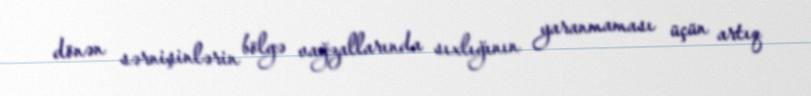
dönən sərnişinlərin bölgə vağzallarında sıxlığının yaranmaması üçün artıq